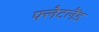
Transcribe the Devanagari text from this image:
फ्लैटलैंड